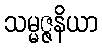
သမ္မဇ္ဇနိယာ